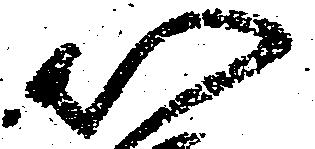
以